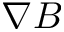
\nabla B